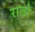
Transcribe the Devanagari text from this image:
रालो